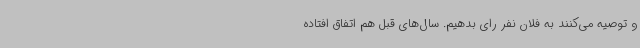
و توصیه می‌کنند به فلان نفر رای بدهیم. سال‌های قبل هم اتفاق افتاده